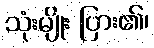
သုံးမျိုး ပြား၏၊